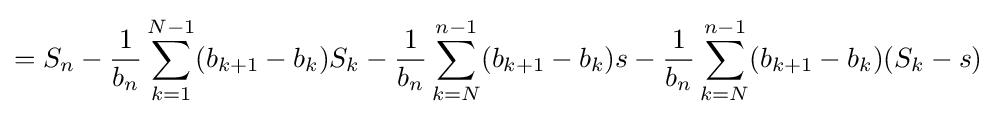
=S_{n}-{\frac {1}{b_{n}}}\sum _{k=1}^{N-1}(b_{k+1}-b_{k})S_{k}-{\frac {1}{b_{n}}}\sum _{k=N}^{n-1}(b_{k+1}-b_{k})s-{\frac {1}{b_{n}}}\sum _{k=N}^{n-1}(b_{k+1}-b_{k})(S_{k}-s)